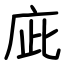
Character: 庛